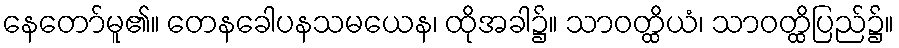
နေတော်မူ၏။ တေနခေါပနသမယေန၊ ထိုအခါ၌။ သာဝတ္ထိယံ၊ သာဝတ္ထိပြည်၌။